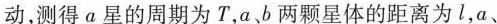
动，测得a星的周期为T，a、b两颗星体的距离为l，a、